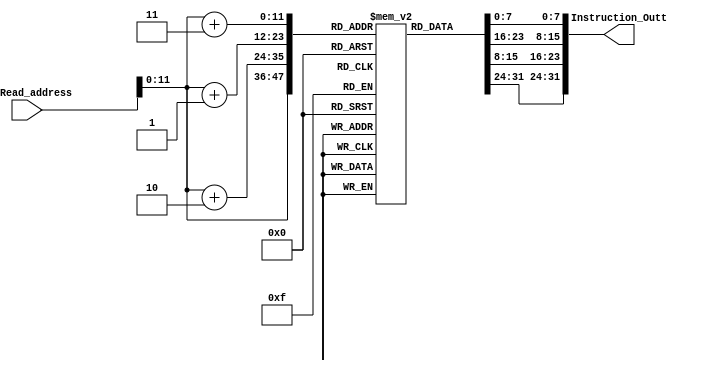
module Instruction_memory(PC_Read_address, 
Instruction_Outt);
input [31:0] PC_Read_address; // byte address of current instruction
output reg [31:0] Instruction_Outt; // current Instruction_Outt
reg [7:0] I_M[0:4095]; // Instruction_Outt memory of size 4096 bytes
initial
begin

//sub $t3(11) $t1(9) $t2(10)
I_M[0] = 8'h01;
I_M[1] = 8'h2a;
I_M[2] = 8'h58;
I_M[3] = 8'h22;
//and $t4(12) $t1(9) $t2(10)    
I_M[4] = 8'h01;
I_M[5] = 8'h2a;
I_M[6] = 8'h60;
I_M[7] = 8'h24;
//or $t5(13) $t1(9) $t2(10)   
I_M[8] = 8'h01;
I_M[9] = 8'h2a;
I_M[10] = 8'h68;
I_M[11] = 8'h25;
//add $t6(14) $t1(9) $t2(10) 
I_M[12] = 8'h01;
I_M[13] = 8'h2a;
I_M[14] = 8'h70;
I_M[15] = 8'h20;
//sub $t7(15) $t6(14) $t1(9)
I_M[16] = 8'h01;
I_M[17] = 8'hc9;
I_M[18] = 8'h78;
I_M[19] = 8'h22;
//or $t8(24) $t6(14) $t7(15)
I_M[20] = 8'h01;
I_M[21] = 8'hcf;
I_M[22] = 8'hc0;
I_M[23] = 8'h25;
//and $t9(25) $t7(15) $t8(24)
I_M[24] = 8'h01;
I_M[25] = 8'hf8;
I_M[26] = 8'hc8;
I_M[27] = 8'h24;
//lw $s5(21) 0x0001($s1(17))
I_M[28] = 8'h8e;
I_M[29] = 8'h35;
I_M[30] = 8'h00;
I_M[31] = 8'h01;
//stall
//add $s6(22) $s5(21) $s2(18)
I_M[32] = 8'h02;
I_M[33] = 8'hb2;
I_M[34] = 8'hb0;
I_M[35] = 8'h20;
// beq $t0(8) $t1(9) 0x0020  
I_M[36] = 8'h11;
I_M[37] = 8'h09;
I_M[38] = 8'h00;
I_M[39] = 8'h20;
//dummy instr2
I_M[40] = 8'h01;
I_M[41] = 8'h51;
I_M[42] = 8'h98;
I_M[43] = 8'h20;
//sub $s7(23) $t1(9) $t2(10)
I_M[168] = 8'h01;
I_M[169] = 8'h2a;
I_M[170] = 8'hb8;
I_M[171] = 8'h22;

end 
always @(PC_Read_address)
begin
Instruction_Outt = {I_M[PC_Read_address], 
I_M[PC_Read_address+32'd1], I_M[PC_Read_address+32'd2], 
I_M[PC_Read_address+32'd3]};
end
endmodule